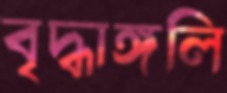
বৃদ্ধাঙ্গলি